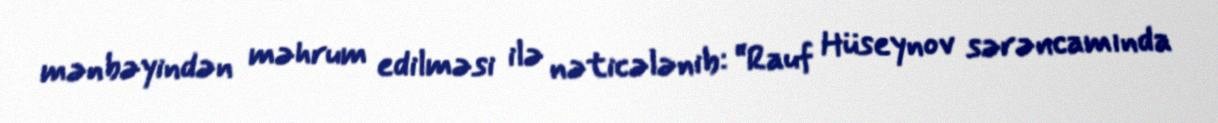
mənbəyindən məhrum edilməsi ilə nəticələnib: “Rauf Hüseynov sərəncamında